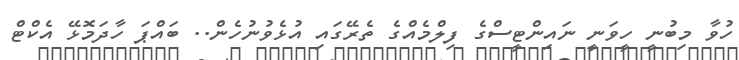
ހުވާ މިބުނީ ހީވަނީ ނައިންޓީސްގެ ފިލްމެއްގެ ތެރޭގައި އުޅެވުނުހެން.. ބައްޕަ ހާދަމޮޅޭ އެކްޓް